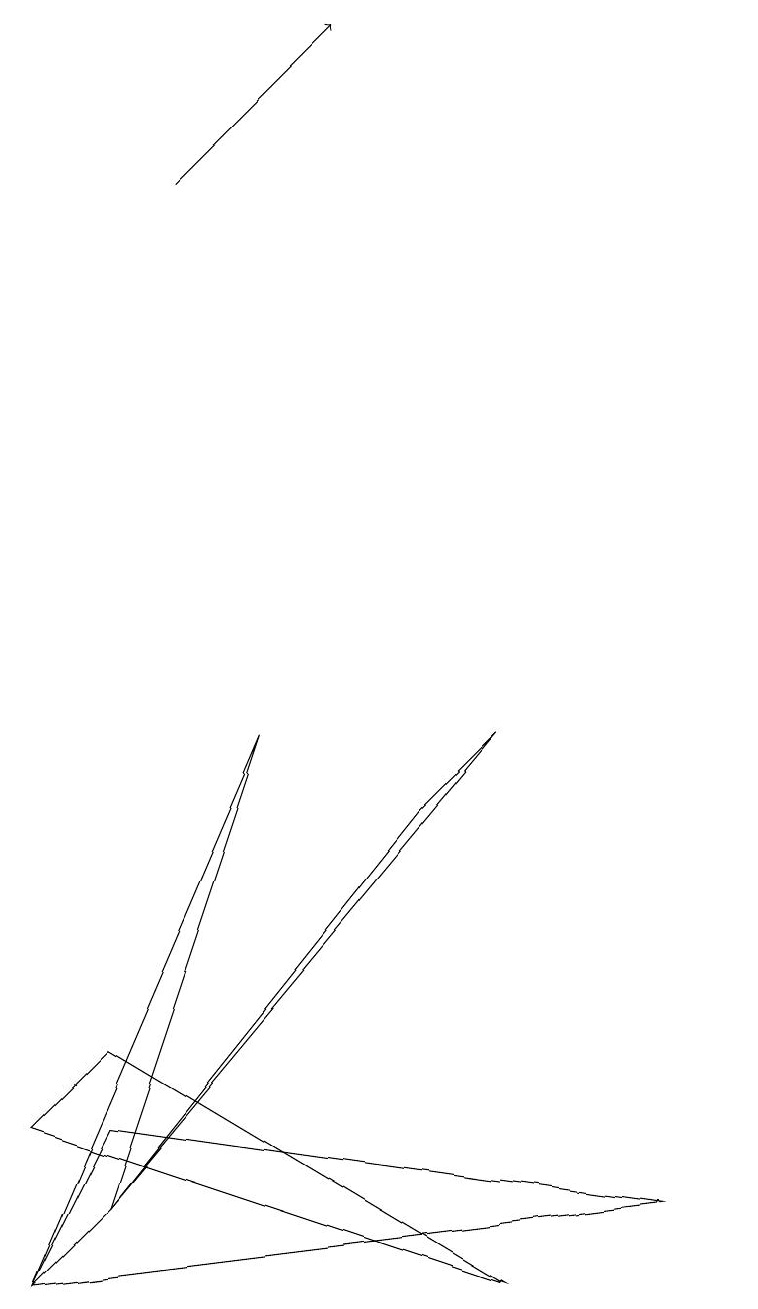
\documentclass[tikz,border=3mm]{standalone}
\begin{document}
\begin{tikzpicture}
\draw (7,7) -- (6,6) -- (2,1) -- cycle;
\draw (2,2) -- (1,0) -- (9,1) -- cycle;
\draw[->] (3,14) -- (5,16);
\draw (1,2) -- (2,3) -- (7,0) -- cycle;
\draw (10,12) circle (0);
\draw (4,7) -- (2,1) -- (1,0) -- cycle;
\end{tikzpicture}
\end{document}